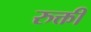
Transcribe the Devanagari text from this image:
रुक्ती